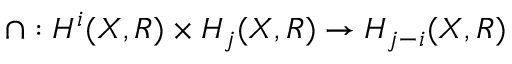
\cap : H ^ { i } ( X , R ) \times H _ { j } ( X , R ) \to H _ { j - i } ( X , R )